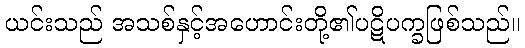
ယင်းသည် အသစ်နှင့်အဟောင်းတို့၏ပဋိပက္ခဖြစ်သည်။